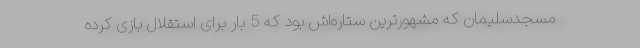
مسجدسلیمان که مشهورترین ستاره‌اش بود که 5 بار برای استقلال بازی کرده